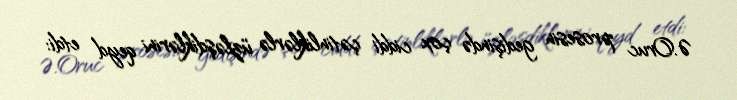
Ə.Oruc prosesin gedişində çox ciddi çətinliklərlə üzləşdiklərini qeyd etdi: